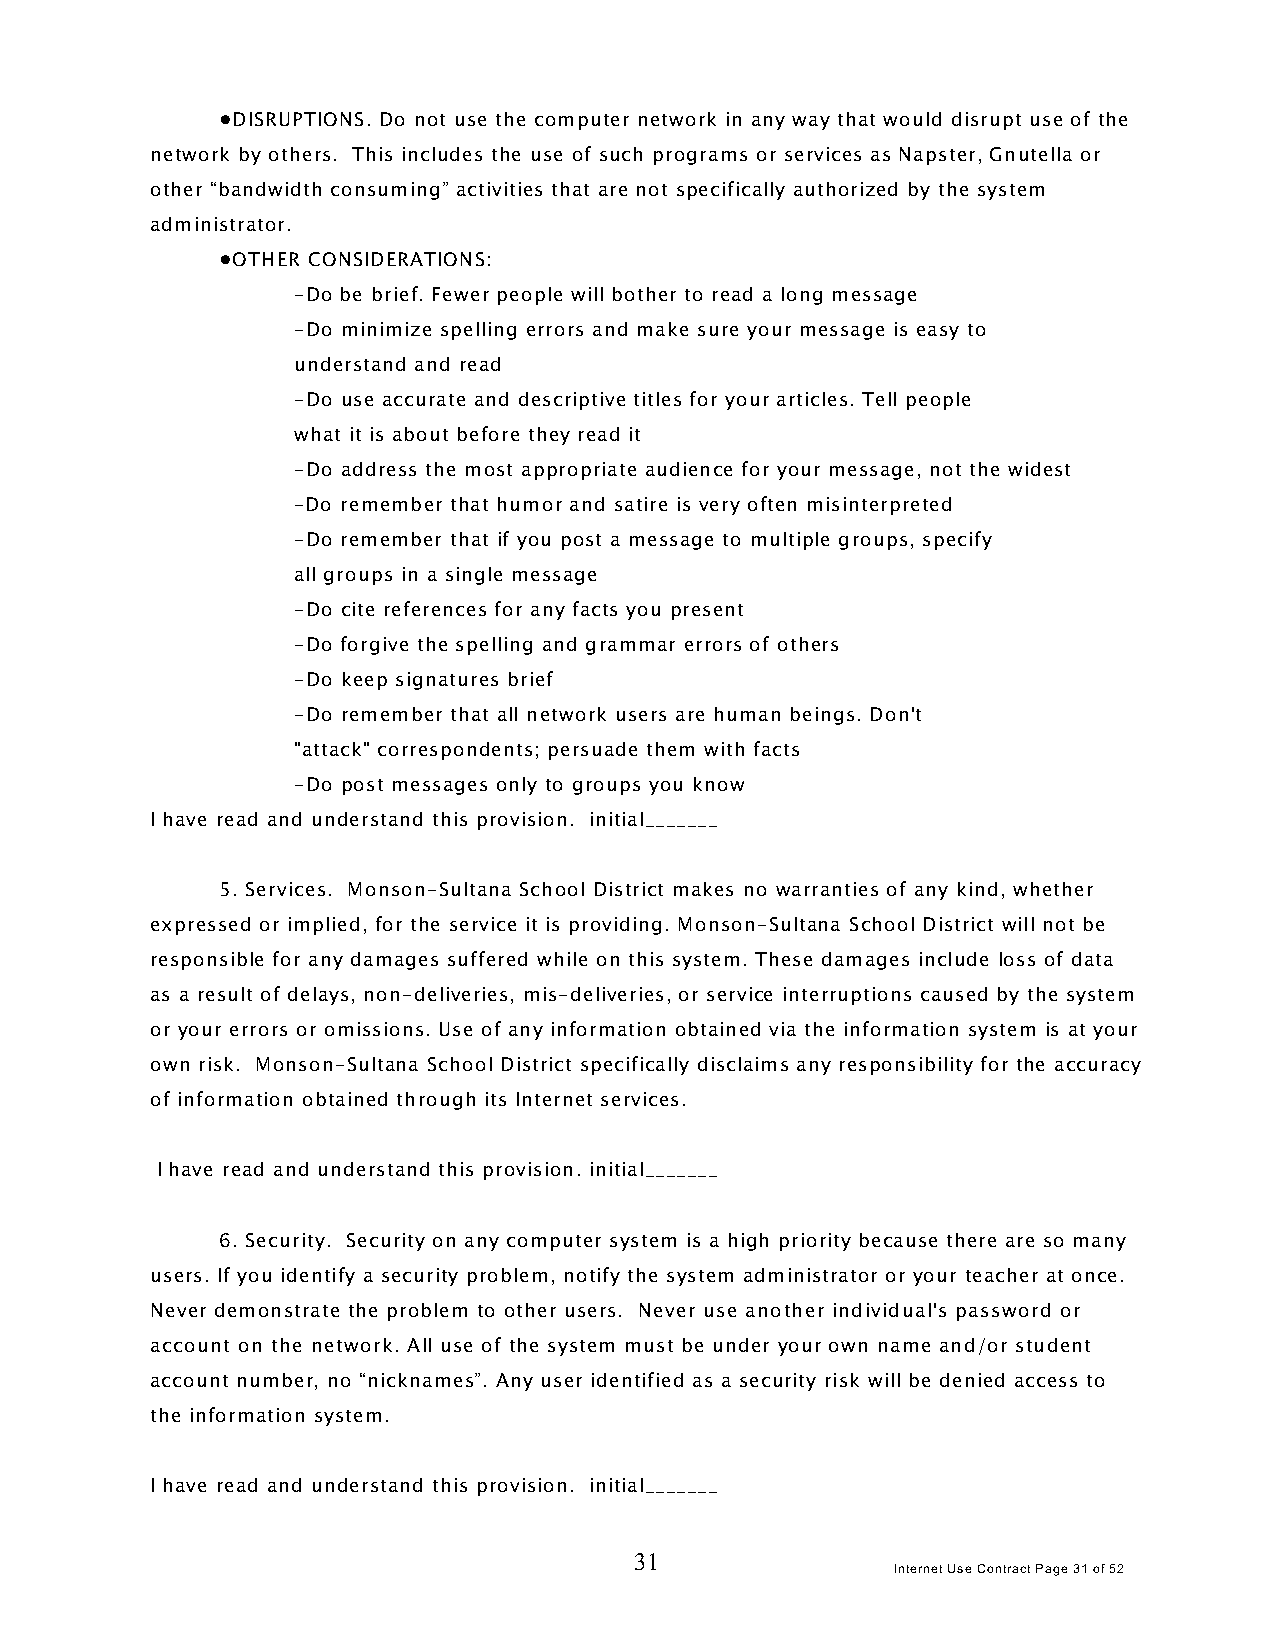
!DISRUPTIONS. Do not use the computer network in any way that would disrupt use of the
 network by others. This includes the use of such programs or services as Napster, Gnutella or
 other “bandwidth consuming” activities that are not specifically authorized by the system
 administrator.
 !OTHER CONSIDERATIONS:
 -Do be brief. Fewer people will bother to read a long message
 -Do minimize spelling errors and make sure your message is easy to
 understand and read
 -Do use accurate and descriptive titles for your articles. Tell people
 what it is about before they read it
 -Do address the most appropriate audience for your message, not the widest
 -Do remember that humor and satire is very often misinterpreted
 -Do remember that if you post a message to multiple groups, specify
 all groups in a single message
 -Do cite references for any facts you present
 -Do forgive the spelling and grammar errors of others
 -Do keep signatures brief
 -Do remember that all network users are human beings. Don't
 "attack" correspondents; persuade them with facts
 -Do post messages only to groups you know
 I have read and understand this provision. initial_______
 5. Services. Monson-Sultana School District makes no warranties of any kind, whether
 expressed or implied, for the service it is providing. Monson-Sultana School District will not be
 responsible for any damages suffered while on this system. These damages include loss of data
 as a result of delays, non-deliveries, mis-deliveries, or service interruptions caused by the system
 or your errors or omissions. Use of any information obtained via the information system is at your
 own risk. Monson-Sultana School District specifically disclaims any responsibility for the accuracy
 of information obtained through its Internet services.
 I have read and understand this provision. initial_______
 6. Security. Security on any computer system is a high priority because there are so many
 users. If you identify a security problem, notify the system administrator or your teacher at once.
 Never demonstrate the problem to other users. Never use another individual's password or
 account on the network. All use of the system must be under your own name and/or student
 account number, no “nicknames”. Any user identified as a security risk will be denied access to
 the information system.
 I have read and understand this provision. initial_______
 31
 Internet Use Contract Page 31 of 52